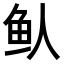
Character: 𬶁